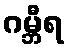
ဂမ္ဘီရ